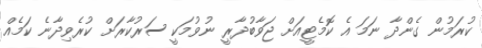
ކުރަމުން ގެންދާ ނަމަ އެ ކޮމެޓީއަށް ޖަވާބުދާރީ ނުވުމަކީ ސަރުކާރަށް ކުރެވިދާނެ ކަމެއް